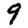
Digit: 9